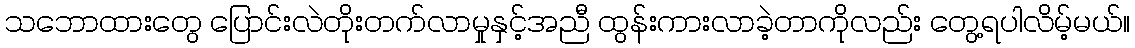
သဘောထားတွေ ပြောင်းလဲတိုးတက်လာမှုနှင့်အညီ ထွန်းကားလာခဲ့တာကိုလည်း တွေ့ရပါလိမ့်မယ်။